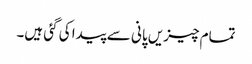
تمام چیزیں پانی سے پیدا کی گئی ہیں۔